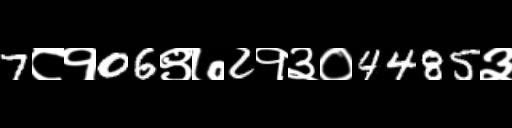
Text: 7८१06९७2१३०4485३